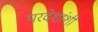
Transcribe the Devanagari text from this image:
परदेशांशी